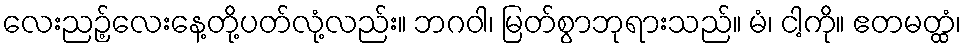
လေးညဉ့်လေးနေ့တို့ပတ်လုံ့လည်း။ ဘဂဝါ၊ မြတ်စွာဘုရားသည်။ မံ၊ ငါ့ကို။ ဧတမတ္ထံ၊